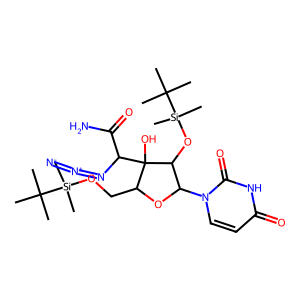
SMILES: CC(C)(C)[Si](C)(C)OCC1OC(n2ccc(=O)[nH]c2=O)C(O[Si](C)(C)C(C)(C)C)C1(O)C(N=[N+]=[N-])C(N)=O
Inhibits HIV replication: No